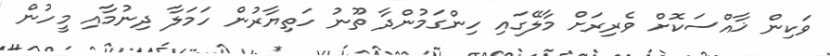
ވަކިން ޚާއްސަކޮށް ވެރިރަށް މާލޭގައި ހިންގަމުންދާ ތޫނު ހަތިޔާރުން ހަމަލާ ދިނުމާއި މީހުން